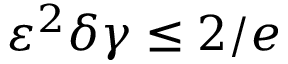
\varepsilon ^ { 2 } \delta \gamma \le 2 / e